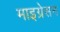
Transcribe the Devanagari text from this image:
माइग्रेसन